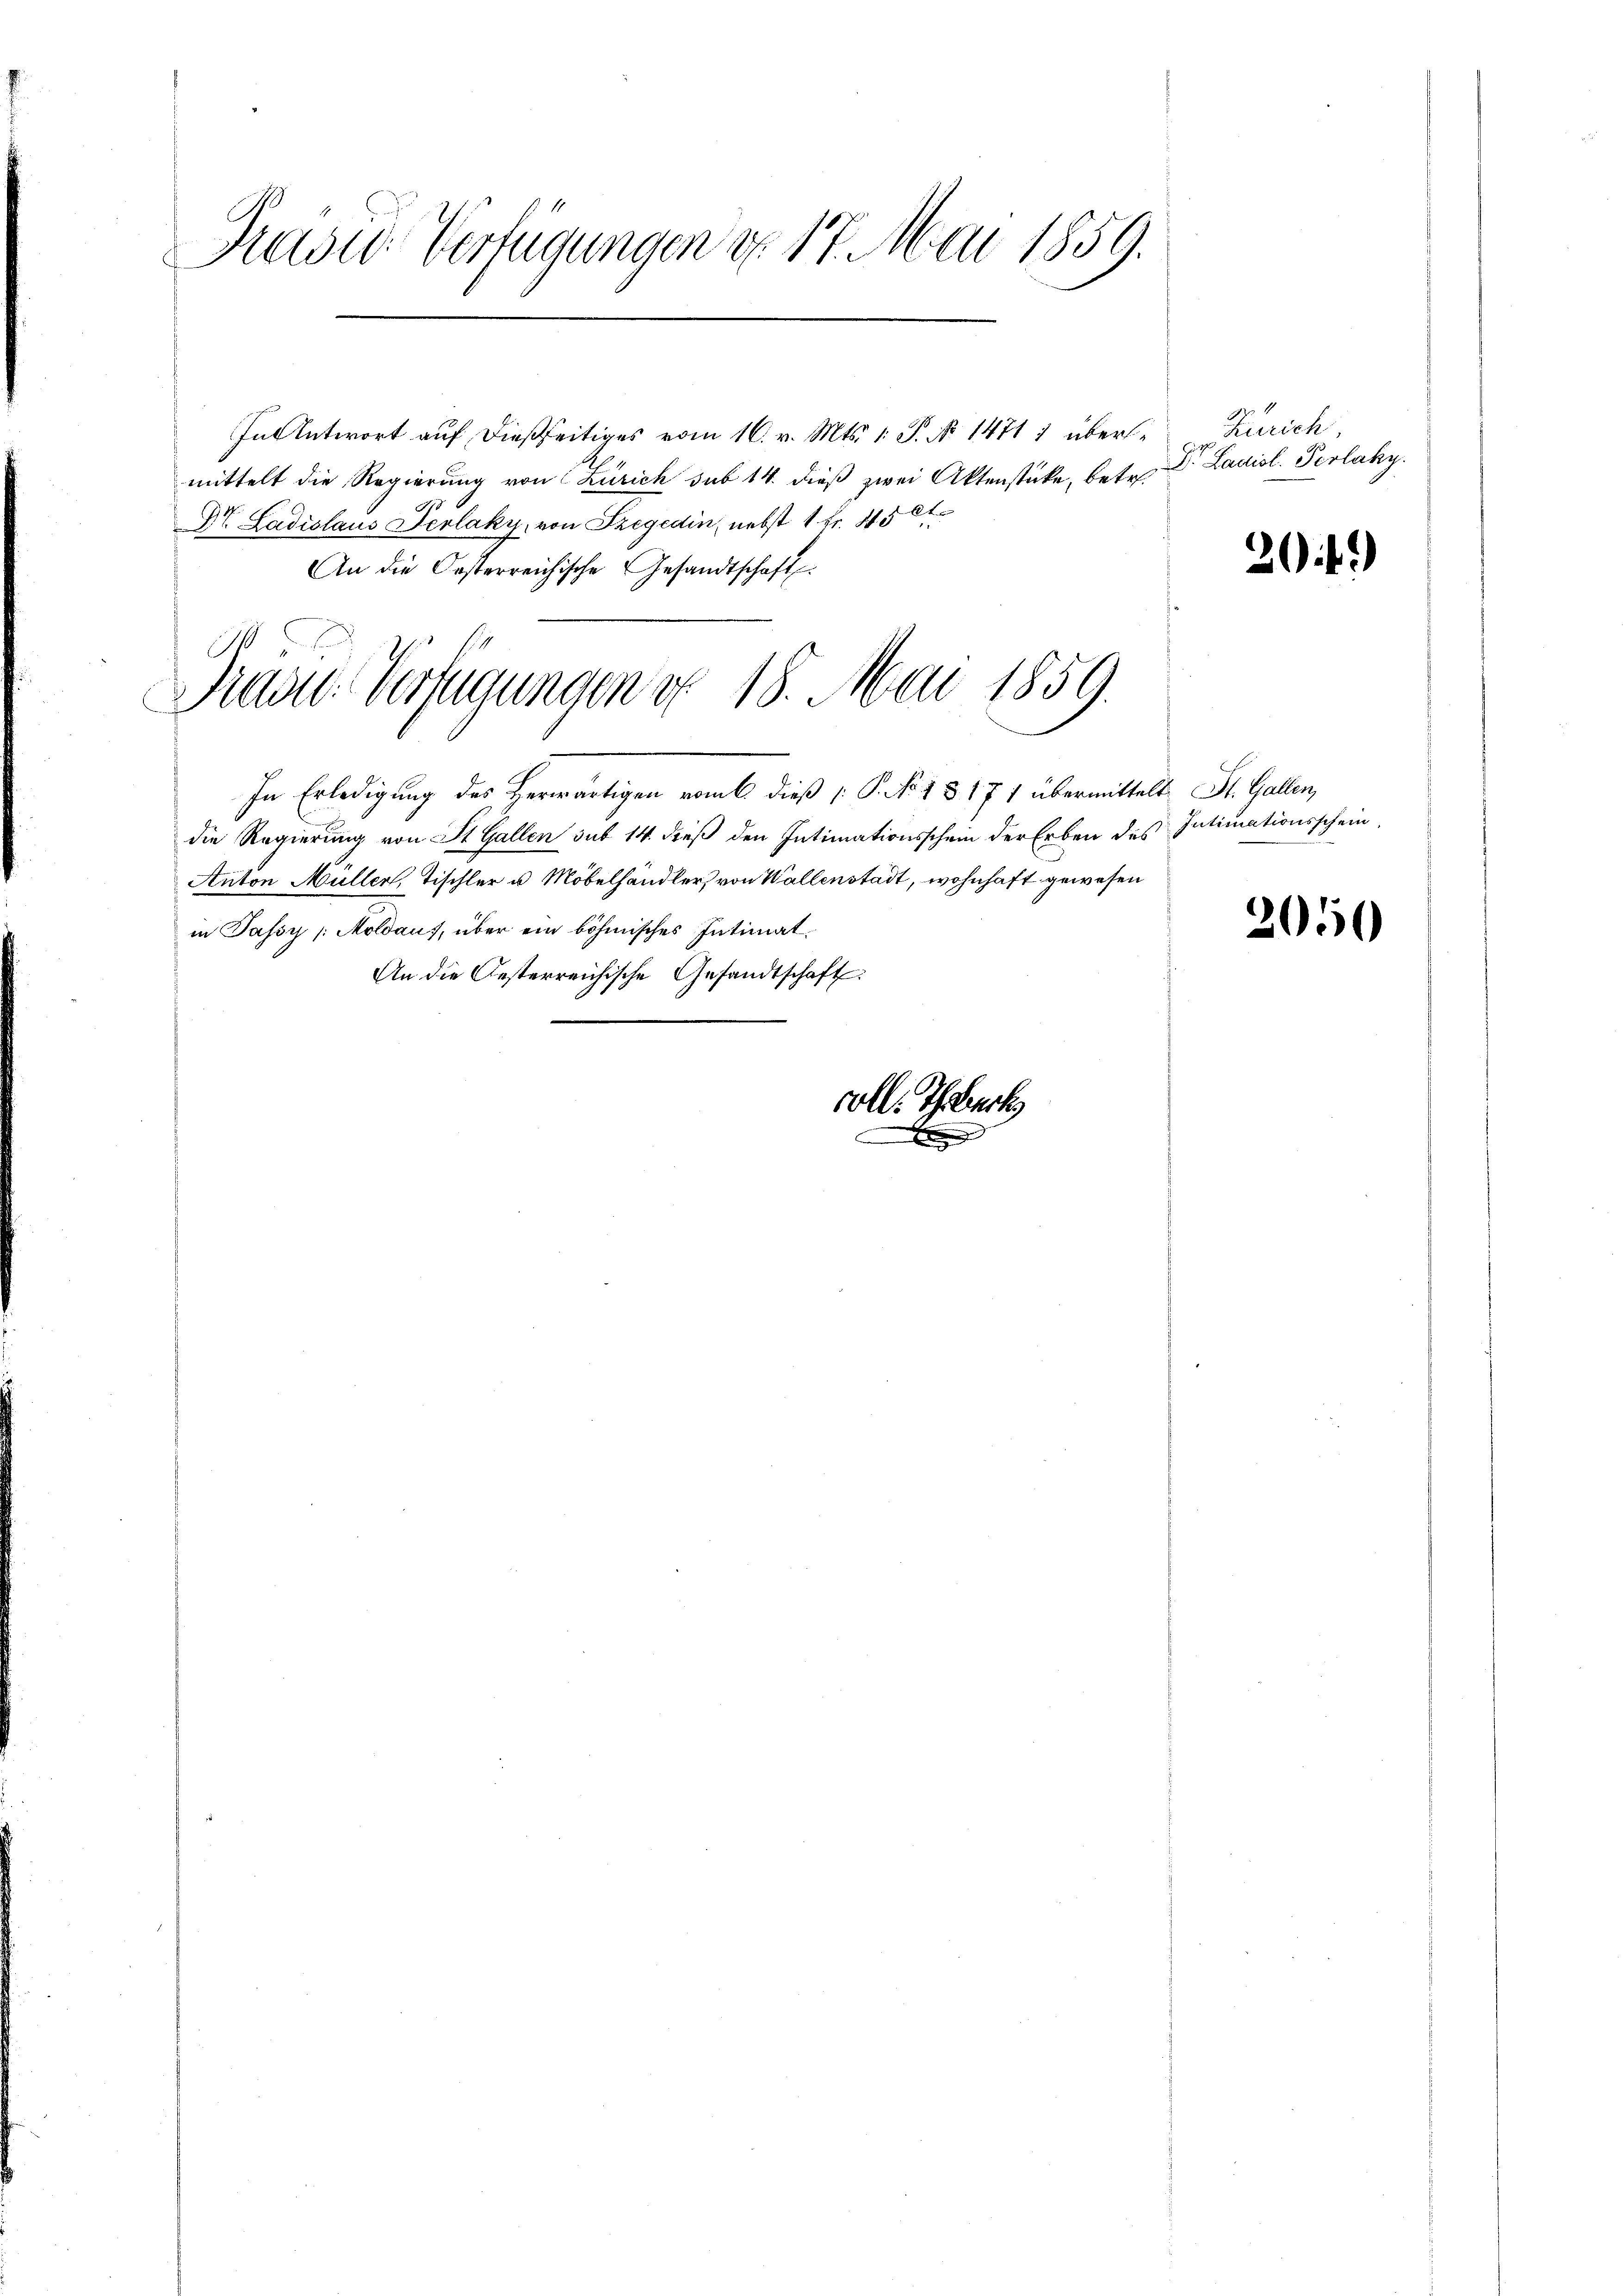
Pravić-Verfügungen d. 17. Mai 1859.

In Antwort auf dießseitiges vom 16. v. Mts. 1. P. No 14711 übermittelt die Regierung von Zürich sub 14. dieß zwei Aktenstücke, betr. Dr. Ladisl. Perlaky.
Dr. Ladislaus Verlaky, von Szegedin, nebst 1 Fr. 45 x
An die Oesterreichische Gesandtschaft
In Erledigung des Herwärtigen vom 6. dieß P. No 13171 übermittelt St. Gallen,
die Regierung von St. Gallen sub 14. dieß den Intimationsschein der Erben des Intimationsschein,
Anton Müller, Tischler u Möbelhändler, von Wallenstadt, wohnhaft gewesen
in Jassy (Moldauf, über ein böhmisches Intimat¬
An die Oesterreichische Gesandtschaft

Praste Verfügungen u. 18. Mai 1859.

voll. Theerk

.

Zürich,

204.)

2050